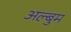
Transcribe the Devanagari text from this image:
अल्बुम